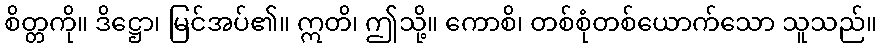
စိတ္တကို။ ဒိဋ္ဌော၊ မြင်အပ်၏။ ဣတိ၊ ဤသို့။ ကောစိ၊ တစ်စုံတစ်ယောက်သော သူသည်။